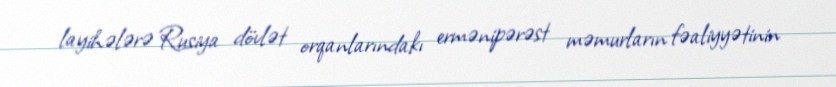
layihələrə Rusiya dövlət orqanlarındakı ermənipərəst məmurların fəaliyyətinin